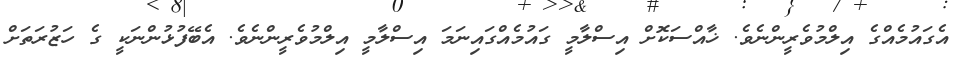
އެގައުމެއްގެ އިލްމުވެރީންނެވެ. ޚާއްސަކޮށް އިސްލާމީ ގައުމެއްގައިނަމަ އިސްލާމީ އިލްމުވެރީންނެވެ. އެބޭފުޅުންނަކީ ގެ ހަޒުރަތަށް